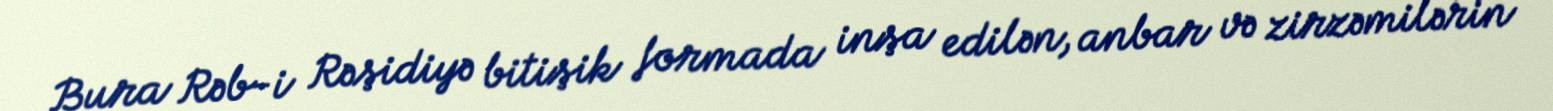
Bura Rəb-i Rəşidiyə bitişik formada inşa edilən, anbar və zirzəmilərin